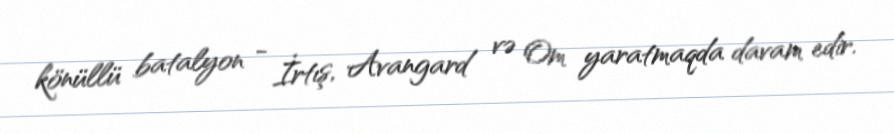
könüllü batalyon - İrtış, Avangard və Om yaratmaqda davam edir.